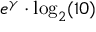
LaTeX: e ^ { \gamma } \cdot \log _ { 2 } ( 1 0 )